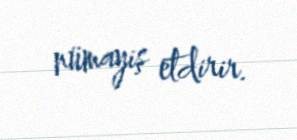
nümayiş etdirir.